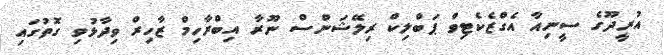
އުރީދޫގެ ސީނިއާ އެގްޒެކެޓިވް ޕަބްލިކް ރިލޭޝަންސް ނޫރާ އިބްރާހިމް ޒާހިރް ވިދާޅުވި ގޮތުގައި